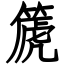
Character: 篪